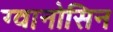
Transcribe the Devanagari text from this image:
ग्वानोसिन